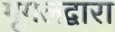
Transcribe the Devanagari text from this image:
गूगलद्वारा